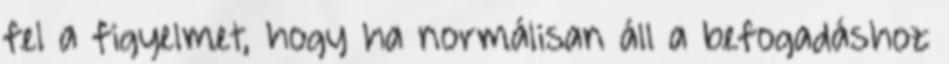
fel a figyelmet, hogy ha normálisan áll a befogadáshoz